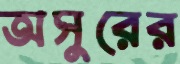
অসুরের